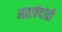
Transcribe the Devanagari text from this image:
महावेदांती